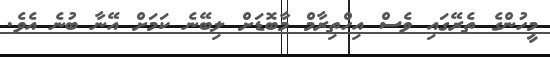
މީހުންގެ ތެރޭގައި ވެސް އިހްތިރާމް މާބޮޑަށް ލިބޭނެ ކަމަށް އޭނާ ބުނެ އެވެ.